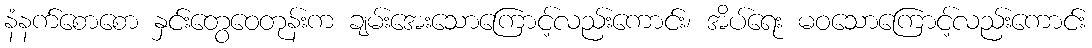
နံနက်စောစော နှင်းတွေဝေတုန်းက ချမ်းအေးသောကြောင့်လည်းကောင်း၊ အိပ်ရေး မဝသောကြောင့်လည်းကောင်း